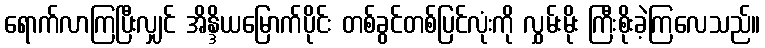
ရောက်လာကြပြီးလျှင် အိန္ဒိယမြောက်ပိုင်း တစ်ခွင်တစ်ပြင်လုံးကို လွှမ်းမိုး ကြီးစိုးခဲ့ကြလေသည်။